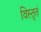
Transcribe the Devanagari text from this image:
विस्तृतं